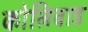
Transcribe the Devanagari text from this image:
कोलिवाड